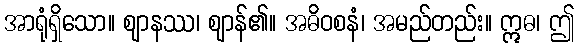
အာရုံရှိသော။ ဈာနဿ၊ ဈာန်၏။ အဓိဝစနံ၊ အမည်တည်း။ ဣဓ၊ ဤ